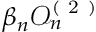
\beta _ { n } \mathcal { O } _ { n } ^ { ( \mathrm { ~ 2 ~ } ) }